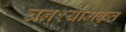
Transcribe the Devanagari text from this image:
घनश्यामकृत